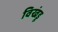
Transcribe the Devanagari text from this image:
विखंडू